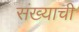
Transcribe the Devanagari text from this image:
संख्याची